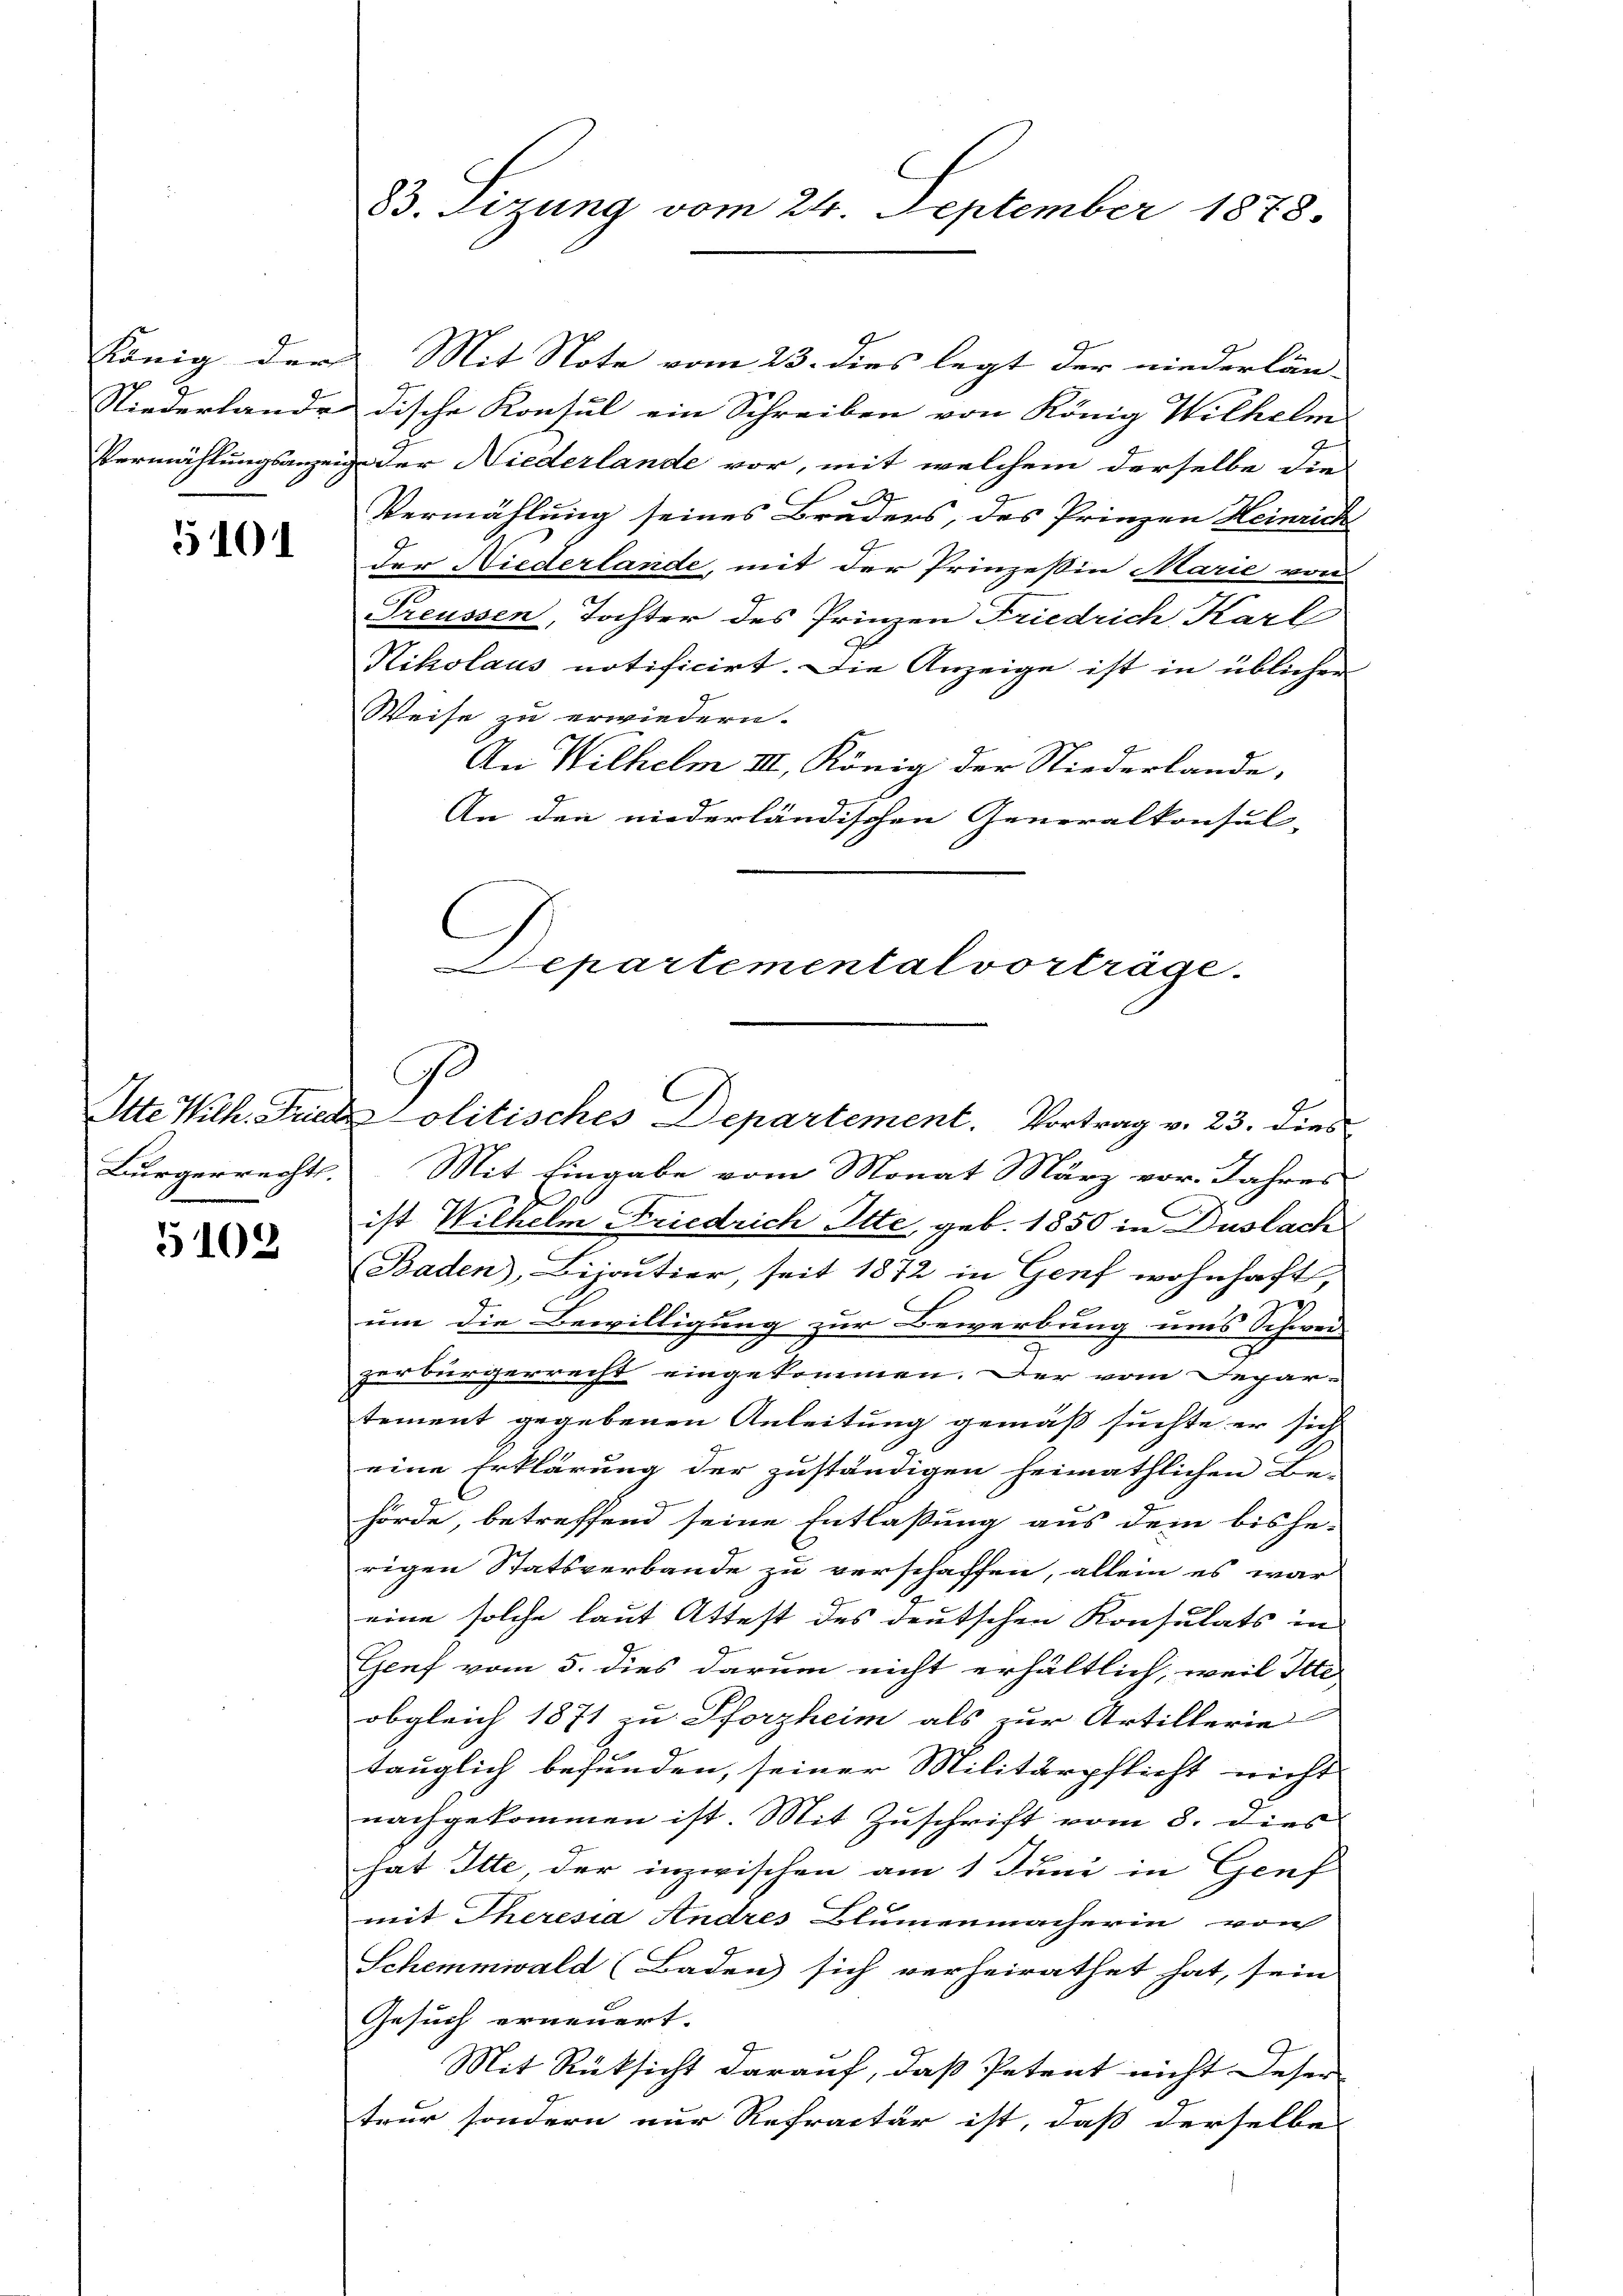
5101

Bürgerrecht.

5102

83. Sitzung vom 24. September 1878.

König der Mit Note vom 23. dies legt der niederlän-
Niederlande dische Konsul ein Schreiben von König Wilhelm
g
Vermählungsanzeig der Niederlande vor, mit welchem derselbe die
.
Vermählung seines Brüders, des Prinzen Heinrich
der Niederlande, mit der Prinzessin Marie von
Treussen, Tochter des Prinzen Friedrich, Karl
Nikolaus notificirt. Die Anzeige ist in üblichen
Weise zu erwiedern.
An Wilhelm III. König der Niederlande,
Sehnen
An den niederländischen Generalkonsul-
C
Departemental vorträge.

Ge
C
Itte Wilh. Fridolitisches Departement. Vortrag v. 23. dies

Mit Eingabe vom Monat März vor. Jahres
E
ist Wilhelm Friedrich Otte, geb. 1850 in Duslach
Baden), Bijoutier, seit 1872 in Genf wohnhaft,
2
um die Bewilligung zur Bewerbung uns Schwei
zerbürgerrecht eingekommen. Der vom Separ-
tement gegebenen Anleitung gemäß suchte er sich
eine Erklärung der zuständigen heimathlichen Be-
hörde, betreffend seine Entlaßung aus dem bishe-
rigen Statsverbande zu verschaffen, allein es war
eine solche laut Attest des deutschen Konsulats in
Genf vom 5. dies darum nicht erhältlich, weil Itte
obgleich 1871 zu Pforzheim als zur Artillerie
tänglich befunden, seiner Militärpflicht nicht
nachgekommen ist. Mit Zuschrift vom 3. dies
hat Itte, der inzwischen am 1 Juni in Genf
mit Theresia Andres Blumenmacherin von
Schemmwald (Baden sich verheirathet hat, sein
Gesuch erneuert.
Mit Rüksicht darauf, daß Petent nicht Deser
teur sondern nur Refractur ist, daß derselbe